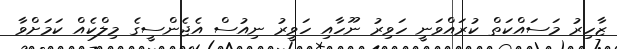
ޒާހިރު މަސައްކަތް ކުރައްވަނީ ހަވިރު ނޫހާއި ހަވީރު ނިއުސް އެޖެންސީގެ މިލްކެއް ކަމަށްވާ